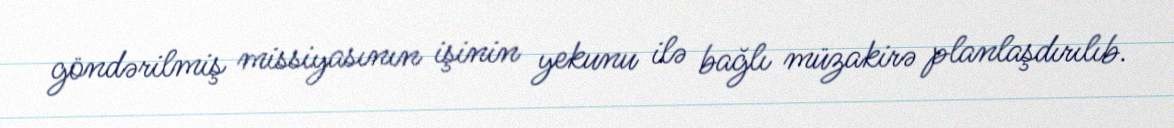
göndərilmiş missiyasının işinin yekunu ilə bağlı müzakirə planlaşdırılıb.